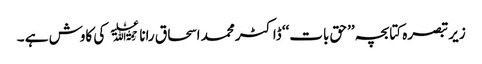
زیر تبصرہ کتابچہ ’’حق بات‘‘ ڈاکٹر محمد اسحاق رانا ﷫ کی کاوش ہے ۔